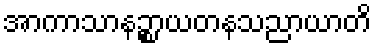
အာကာသာနဉ္စာယတနသညာယာတိ